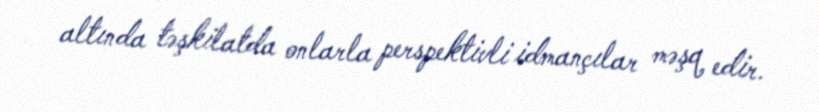
altında təşkilatda onlarla perspektivli idmançılar məşq edir.